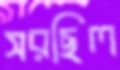
সরছিল